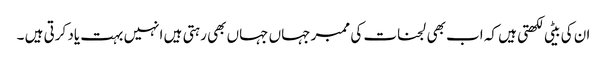
ان کی بیٹی لکھتی ہیں کہ اب بھی لجنات کی ممبر جہاں جہاں بھی رہتی ہیں انہیں بہت یاد کرتی ہیں ۔